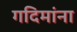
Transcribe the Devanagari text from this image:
गदिमांना